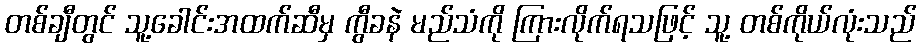
တစ်ချီတွင် သူ့ခေါင်းအထက်ဆီမှ ကွီခနဲ မည်သံကို ကြားလိုက်ရသဖြင့် သူ့ တစ်ကိုယ်လုံးသည်